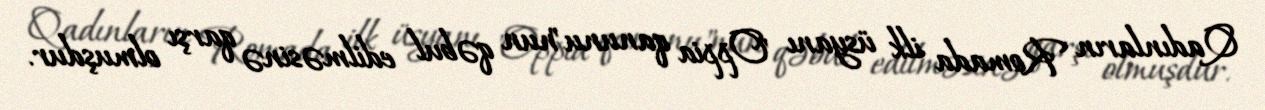
Qadınların Romada ilk üsyanı "Oppia qanunu"nun qəbul edilməsinə qarşı olmuşdur.